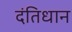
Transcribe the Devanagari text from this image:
दंतिधान